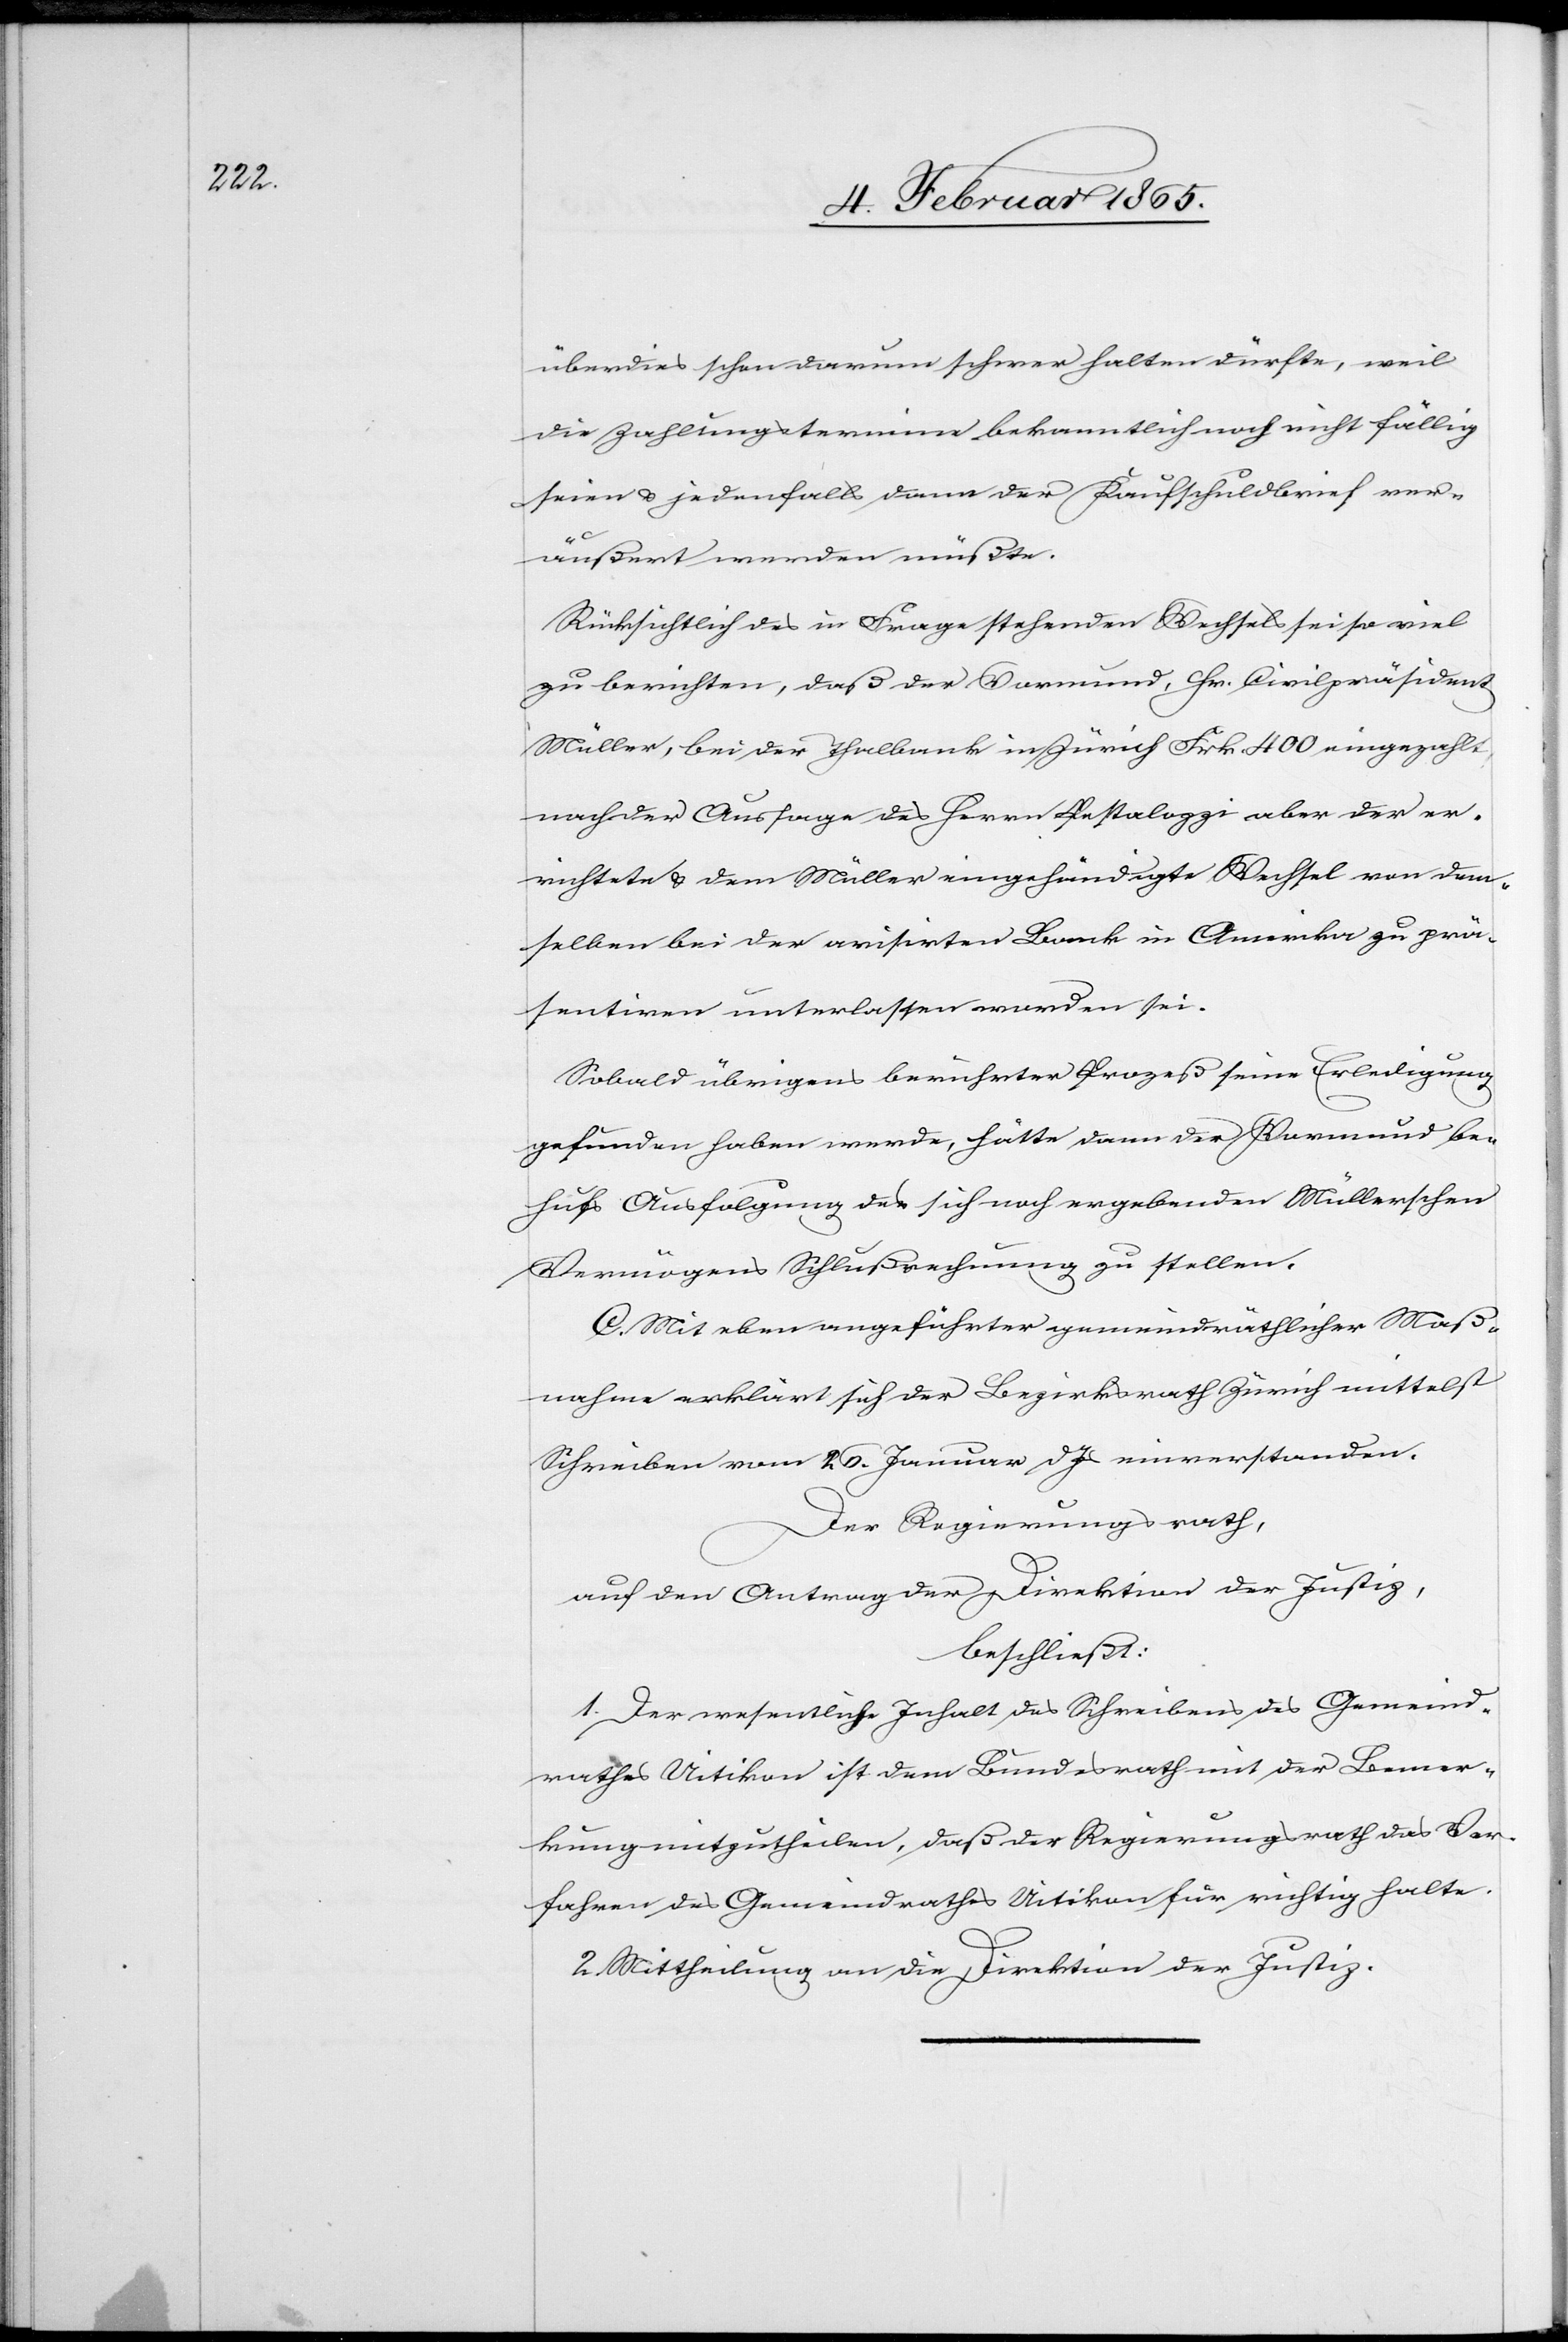
überdies schon darum schwer halten dürfte, weil
die Zahlungstermine bekanntlich noch nicht fällig
seien u. jedenfalls dann der Kaufschuldbrief ver¬
äußert werden müßte.
Rücksichtlich des in Frage stehenden Wechsels sei so viel
zu berichten, daß der Vormund, Hr. Civilpräsident
Müller, bei der Thalbank in Zürich Frk. 400 eingezahlt,
nach der Aussage des Herrn Pestalozzi aber der er¬
richtete u. dem Müller eingehändigte Wechsel von dem¬
selben bei der avisirten Bank in Amerika zu prä¬
sentiren unterlassen worden sei.
Sobald übrigens berührter Prozeß seine Erledigung
gefunden haben werde, hätte dann der Vormund be¬
hufs Ausfolgung des sich noch ergebenden Müllerschen
Vermögens Schlußrechnung zu stellen.
C. Mit eben angeführter gemeindräthlicher Maß¬
nahme erklärt sich der Bezirksrath Zürich mittelst
Schreiben vom 26. Januar d. Js einverstanden.
Der Regierungsrath,
auf den Antrag der Direktion der Justiz,
beschließt:
1. Der wesentliche Inhalt des Schreibens des Gemeind¬
rathes Uitikon ist dem Bundesrath mit der Bemer¬
kung mitzutheilen, daß der Regierungsrath das Ver¬
fahren des Gemeindrathes Uitikon für richtig halte.
2. Mittheilung an die Direktion der Justiz.